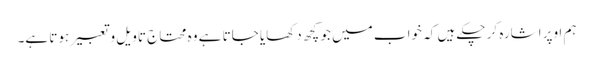
ہم اوپر اشارہ کر چکے ہیں کہ خواب میں جو کچھ دکھایا جاتا ہے وہ محتاج تاویل و تعبیر ہوتا ہے۔